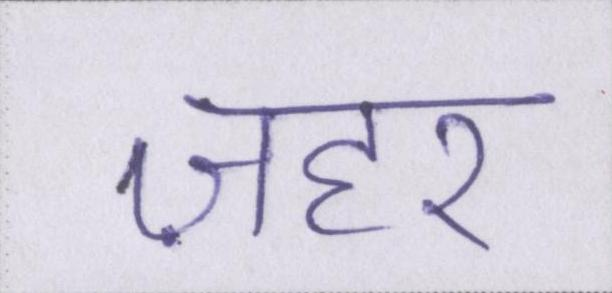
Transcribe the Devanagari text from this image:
ज़हर